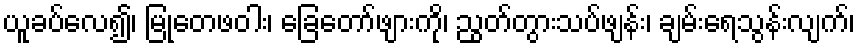
ယူခပ်လေ၍၊ မြုတေဖဝါး၊ ခြေတော်ဖျားကို၊ ညွတ်တွားသပ်ဖျန်း၊ ချမ်းရေသွန်းလျက်၊